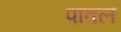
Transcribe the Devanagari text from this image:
पावलं